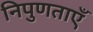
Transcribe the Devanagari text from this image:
निपुणताएँ